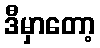
ဒီမှာတော့